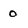
Character: 0